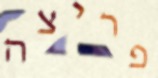
פריצה